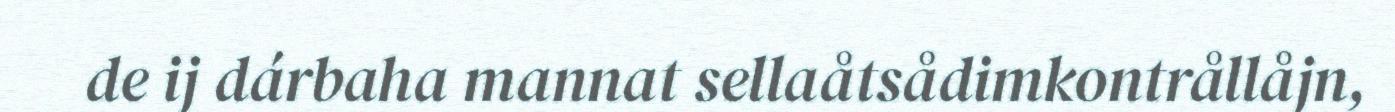
de ij dárbaha mannat sellaåtsådimkontrållåjn,